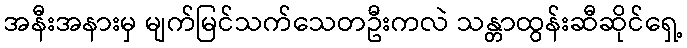
အနီးအနားမှ မျက်မြင်သက်သေတဦးကလဲ သန္တာထွန်းဆီဆိုင်ရှေ့